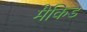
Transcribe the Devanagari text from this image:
मैकिड